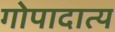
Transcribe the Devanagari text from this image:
गोपादात्य